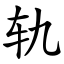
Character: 轨